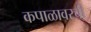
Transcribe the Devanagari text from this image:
कपाळावरची